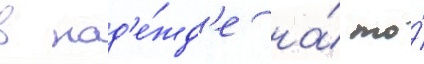
в над'е́жд'е на́ то́